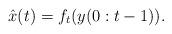
LaTeX: \begin{align*}\hat x(t) = f_t( y(0:t-1) ).\end{align*}